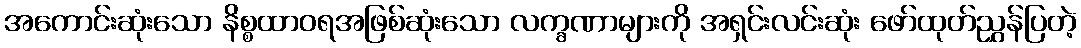
အကောင်းဆုံးသော နိစ္စထာဝရအဖြစ်ဆုံးသော လက္ခဏာများကို အရှင်းလင်းဆုံး ဖော်ထုတ်ညွှန်ပြတဲ့